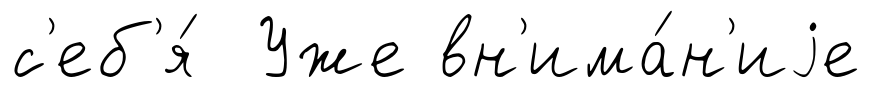
с'еб'я́ Уже вн'има́н'иjе